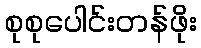
စုစုပေါင်းတန်ဖိုး